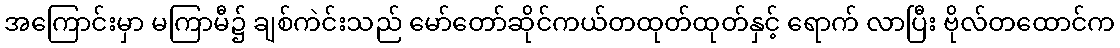
အကြောင်းမှာ မကြာမီ၌ ချစ်ကဲင်းသည် မော်တော်ဆိုင်ကယ်တထုတ်ထုတ်နှင့် ရောက် လာပြီး ဗိုလ်တထောင်က